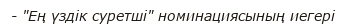
- "Ең үздік суретші" номинациясының иегері